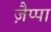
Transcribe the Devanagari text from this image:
ज़ैप्पा